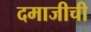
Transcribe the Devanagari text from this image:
दमाजीची